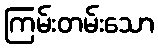
ကြမ်းတမ်းသော